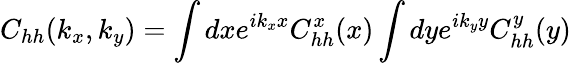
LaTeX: C_{hh}(k_{x},k_{y})=\int dxe^{ik_{x}x}C_{hh}^{x}(x)\int dye^{ik_{y}y}C_{hh}^{y}(y)